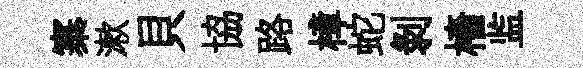
寨漱貝協路樟蛇剥檣监